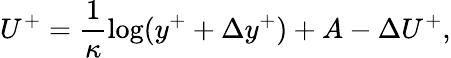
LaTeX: U^{+}=\frac{1}{\kappa}\log(y^{+}+\Delta y^{+})+A-\Delta U^{+},